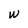
Character: W